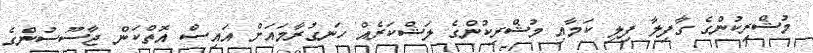
މުޝްރިކުންގެ ގާފިލާ ފިލި ކަމާއި މުޝްރިކުންގެ ލަޝްކަރެއް ހަނގުރާމައަށް އައިސް އޮތްކަން ޖާސޫސުންގެ